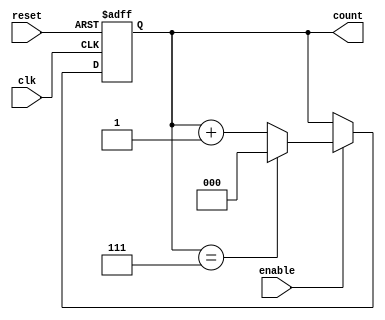
module modulus_counter #(
    parameter MODULUS = 8  // Set the modulus value (default is 8)
)(
    input wire clk,        // Clock input
    input wire reset,      // Asynchronous reset (active high)
    input wire enable,     // Enable input (optional)
    output reg [$clog2(MODULUS)-1:0] count // Current count value
);

    // Always block triggered on the rising edge of the clock or reset
    always @(posedge clk or posedge reset) begin
        if (reset) begin
            count <= 0; // Reset the count to zero
        end else if (enable) begin
            if (count == MODULUS - 1) begin
                count <= 0; // Reset to zero when modulus is reached
            end else begin
                count <= count + 1; // Increment the count
            end
        end
    end

endmodule